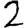
Digit: 2